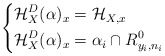
\begin{align*}\left \{ \begin{aligned} \mathcal H_X^D(\alpha)_x &= \mathcal H_{X, x} & \\ \mathcal H_X^D(\alpha)_x &= \alpha_i \cap R^0_{y_i, n_i} & \end{aligned} \right.\end{align*}